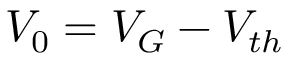
V _ { 0 } = V _ { G } - V _ { t h }